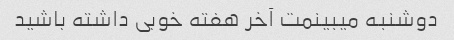
دوشنبه میبینمت آخر هفته خوبی داشته باشید